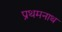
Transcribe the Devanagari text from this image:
प्रथमनाथ